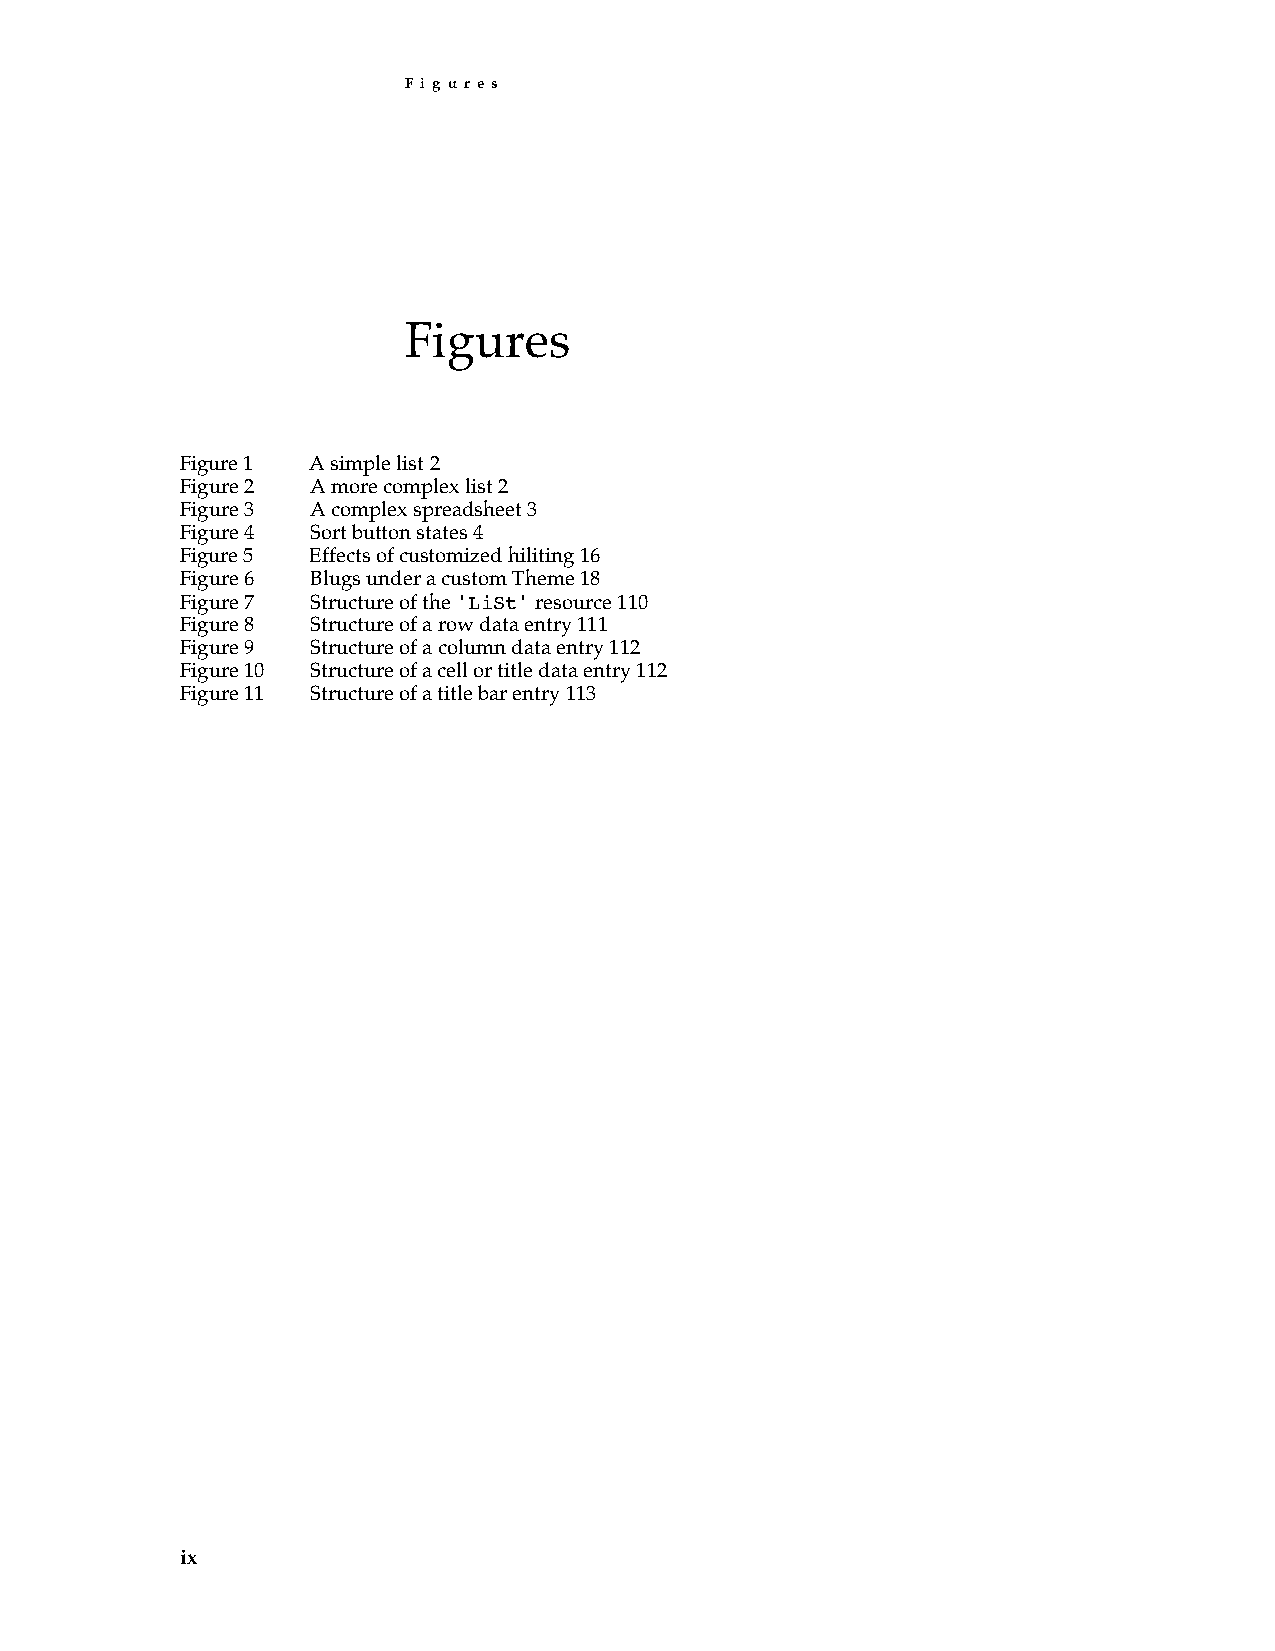
F i g u r e s
 Figures
 Figure 1 A simple list 2
 Figure 2 A more complex list 2
 Figure 3 A complex spreadsheet 3
 Figure 4 Sort button states 4
 Figure 5 Effects of customized hiliting 16
 Figure 6 Blugs under a custom Theme 18
 Figure 7 Structure of the 'LiSt' resource 110
 Figure 8 Structure of a row data entry 111
 Figure 9 Structure of a column data entry 112
 Figure 10 Structure of a cell or title data entry 112
 Figure 11 Structure of a title bar entry 113
 ix